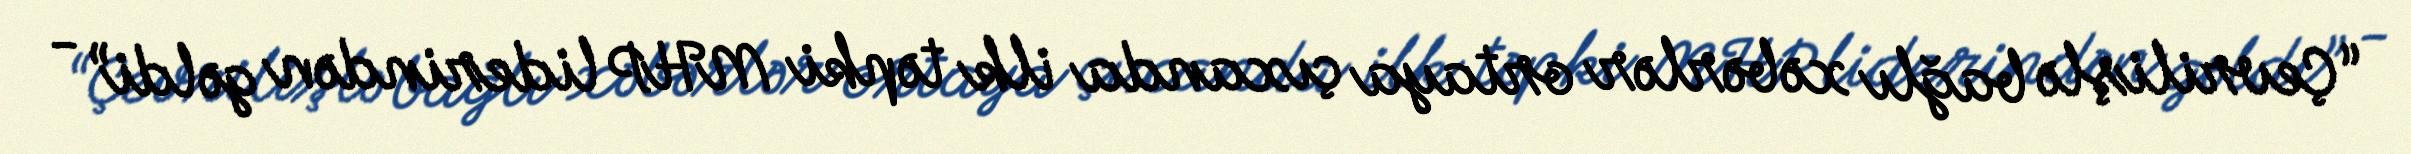
“Çevrilişlə bağlı xəbərlər ortaya çıxanda ilk təpki MHP liderindən gəldi” -